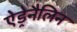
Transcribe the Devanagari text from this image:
ऐड्रेनैलिन